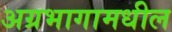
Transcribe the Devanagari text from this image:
अग्रभागामधील